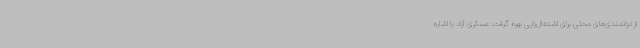
از توانمندی‌های محلی برای اشتغال‌زایی بهره گرفت. عسکری آزاد با اشاره